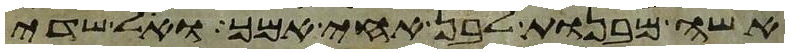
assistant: אשה מבנות לבן אחי אמך ואל שדי